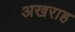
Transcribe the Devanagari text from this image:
अखराह